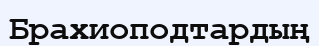
Брахиоподтардың